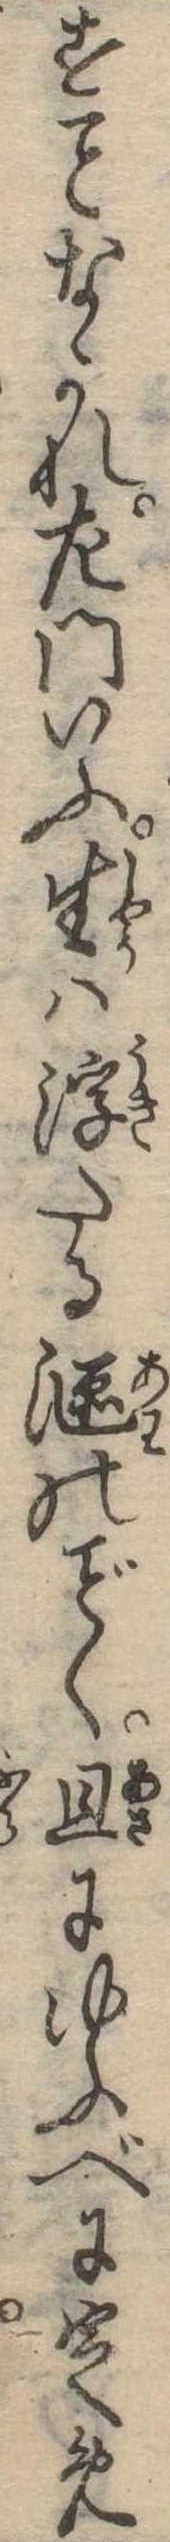
すなかれ左門いふ生は浮たるのく旦にゆふべに定め